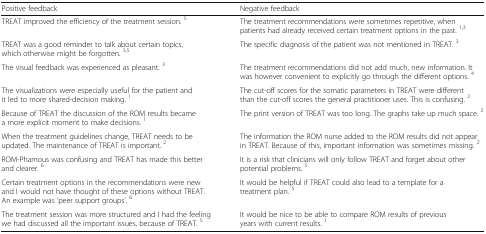
<table><thead><tr><td><b>Positive feedback</b></td><td><b>Negative feedback</b></td></tr></thead><tbody><tr><td>TREAT improved the efficiency of the treatment session. <sup>5</sup></td><td>The treatment recommendations were sometimes repetitive, when patients had already received certain treatment options in the past. <sup>1,3</sup></td></tr><tr><td>TREAT was a good reminder to talk about certain topics, which otherwise might be forgotten. <sup>3,5</sup></td><td>The specific diagnosis of the patient was not mentioned in TREAT. <sup>3</sup></td></tr><tr><td>The visual feedback was experienced as pleasant. <sup>3</sup></td><td>The treatment recommendations did not add much, new information. It was however convenient to explicitly go through the different options. <sup>4</sup></td></tr><tr><td>The visualizations were especially useful for the patient and it led to more shared-decision making. <sup>1</sup></td><td>The cut-off scores for the somatic parameters in TREAT were different than the cut-off scores the general practitioner uses. This is confusing. <sup>2</sup></td></tr><tr><td>Because of TREAT the discussion of the ROM results became a more explicit moment to make decisions. <sup>1</sup></td><td>The print version of TREAT was too long. The graphs take up much space. <sup>2</sup></td></tr><tr><td>When the treatment guidelines change, TREAT needs to be updated. The maintenance of TREAT is important. <sup>2</sup></td><td>The information the ROM nurse added to the ROM results did not appear in TREAT. Because of this, important information was sometimes missing. <sup>2</sup></td></tr><tr><td>ROM-Phamous was confusing and TREAT has made this better and clearer. <sup>6</sup></td><td>It is a risk that clinicians will only follow TREAT and forget about other potential problems. <sup>5</sup></td></tr><tr><td>Certain treatment options in the recommendations were new and I would not have thought of these options without TREAT. An example was ‘peer support groups’. <sup>6</sup></td><td>It would be helpful if TREAT could also lead to a template for a treatment plan. <sup>5</sup></td></tr><tr><td>The treatment session was more structured and I had the feeling we had discussed all the important issues, because of TREAT. <sup>5</sup></td><td>It would be nice to be able to compare ROM results of previous years with current results. <sup>1</sup></td></tr></tbody></table>